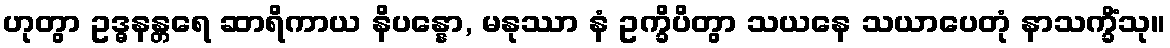
ဟုတွာ ဥဒ္ဓနန္တရေ ဆာရိကာယ နိပန္နော, မနုဿာ နံ ဥက္ခိပိတွာ သယနေ သယာပေတုံ နာသက္ခိံသု။